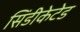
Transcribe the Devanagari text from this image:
सिंडीकेटेड